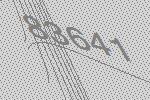
83641